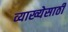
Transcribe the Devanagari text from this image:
व्याख्येसाठी